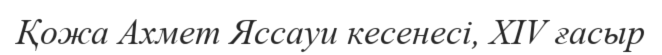
Қожа Ахмет Яссауи кесенесі, XIV ғасыр